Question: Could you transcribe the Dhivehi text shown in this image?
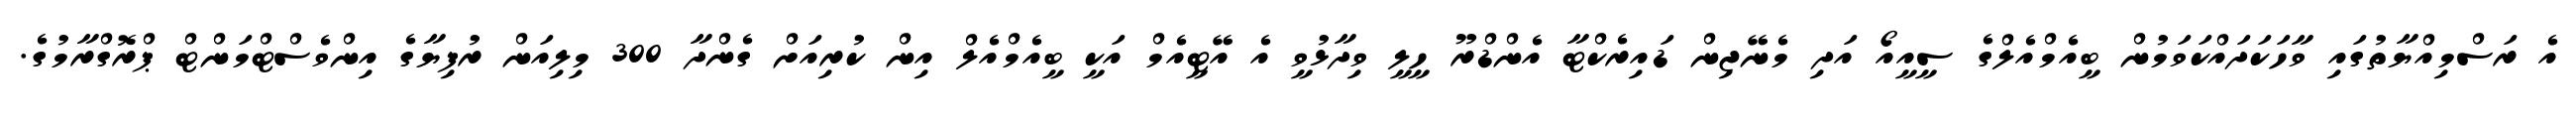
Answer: އެ ރަސްމިއްޔާތުގައި ވާހަކަދައްކަވަމުން ބީއެމްއެލްގެ ސީއީއޯ އަދި މެނޭޖިން ޑައިރެކްޓާ އެންޑްރޫ ހީލީ ވިދާޅުވީ އެ އޭޓީއެމް އަކީ ބީއެމްއެލް އިން ކުރިއަށް ގެންދާ 300 މިލިއަން ރުފިޔާގެ އިންވެސްޓްމަންޓް ޕްރޮގްރާމުގެ.